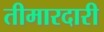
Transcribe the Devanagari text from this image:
तीमारदारी